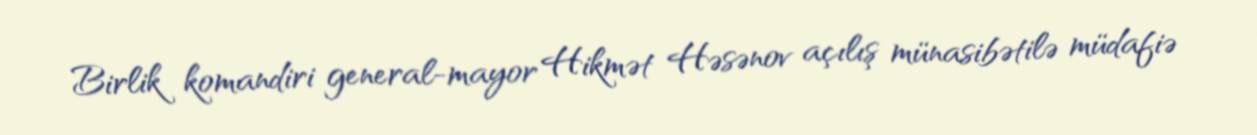
Birlik komandiri general-mayor Hikmət Həsənov açılış münasibətilə müdafiə